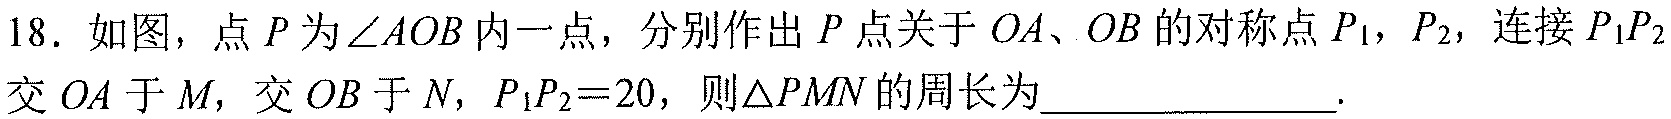
18. 如图，点 \(P\) 为\(\angle AOB\)内一点，分别作出 \(P\) 点关于 \(OA\)、\(OB\) 的对称点 \(P_1\)，\(P_2\)，连接 \(P_1P_2\)交 \(OA\) 于 \(M\)，交 \(OB\) 于 \(N\)，\(P_1P_2 = 20\)，则\(\triangle PMN\)的周长为________________.